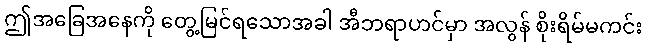
ဤအခြေအနေကို တွေ့မြင်ရသောအခါ အီဘရာဟင်မှာ အလွန် စိုးရိမ်မကင်း